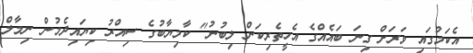
އެކަމުގައި ވަރަށް ގިނަ ބައެއްގެ އެހީތެރިކަން ލިބުނު" ކާމިޔާބުގެ ސިއްރު ކިޔައިދެމުން ނިމާލް